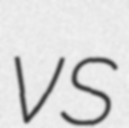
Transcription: vs